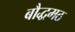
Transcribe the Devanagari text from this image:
बौद्धमठ